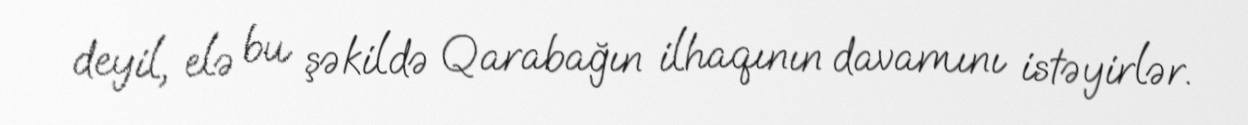
deyil, elə bu şəkildə Qarabağın ilhaqının davamını istəyirlər.